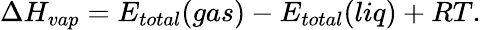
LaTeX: \Delta H_{vap}=E_{total}(gas)-E_{total}(liq)+RT.